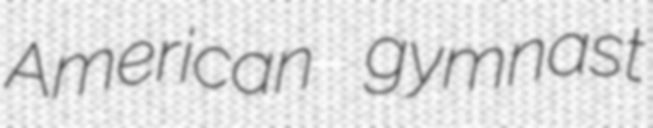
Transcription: American gymnast